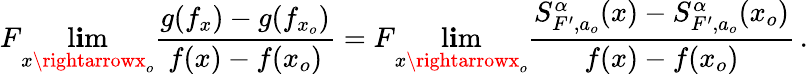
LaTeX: F\operatorname*{l\mathbf{i}m}_{x\rightarrowx_{o}}\frac{{g(f_{x})-g(f_{x_{o}})}}{{f(x)-f(x_{o})}}=F\operatorname*{l\mathbf{i}m}_{x\rightarrowx_{o}}\frac{{S_{F^{\prime},a_{o}}^{\alpha}(x)-S_{F^{\prime},a_{o}}^{\alpha}(x_{o})}}{{f(x)-f(x_{o})}}\, .